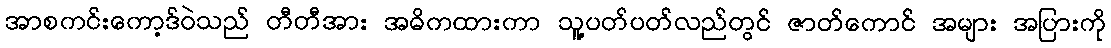
အာစကင်းကော့ဒ်ဝဲသည် တီတီအား အဓိကထားကာ သူ့ပတ်ပတ်လည်တွင် ဇာတ်ကောင် အများ အပြားကို